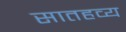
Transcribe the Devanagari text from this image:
सातहव्य